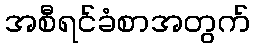
အစီရင်ခံစာအတွက်